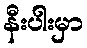
နီးပါးမှာ